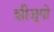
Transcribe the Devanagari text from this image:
शीजूयो